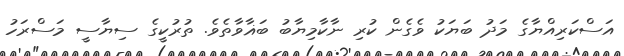
އަސްކަރިއްޔާގެ މަދު ބަޔަކު ވެގެން ކުރި ނާކާމިޔާބު ބަޣާވާތެވެ. ތުރުކީގެ ސިޔާސީ މަސްރަހު